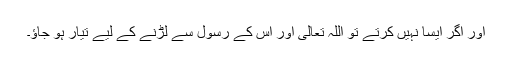
اور اگر ایسا نہیں کرتے تو اللہ تعالیٰ اور اس کے رسول سے لڑنے کے لیے تیار ہو جاؤ۔